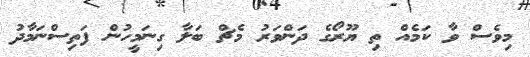
މިވެސް ވާ ކަމެއް ތި ޔޫރޯގެ ދަންވަރު މެޗް ބަލާ ގިނަމީހުން ފަތިސްނަމާދު